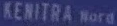
KENITRA nord